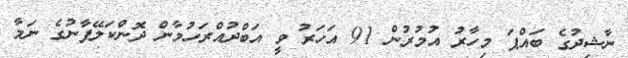
ނާޝިދުގެ ބައްޕަ މިހާރު އުމުރުން 91 އަހަރު ވީ އަބްދުއްރަހުމާން ދޮންކަލޭފާނުގެ ނަމާ